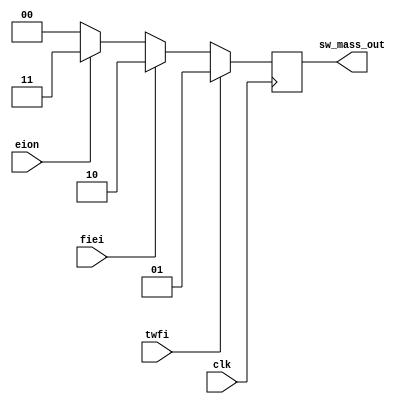
module SW_MASS(
	input wire clk,
//	input wire reset,
	
	input wire twfi,
	input wire fiei,
	input wire eion,
	
	output reg [1:0]sw_mass_out
	
	);

always @ (posedge clk)
	begin
		if (twfi == 1)
				sw_mass_out = 1;
		else
		begin
			if (fiei == 1)
				sw_mass_out = 2;
			else
			begin
				if (eion == 1)
					sw_mass_out= 3;
				else
					sw_mass_out = 0;
			end
		end
	end
endmodule